Medical and sanitary report of the native army of Madras for the year
Year: 1877
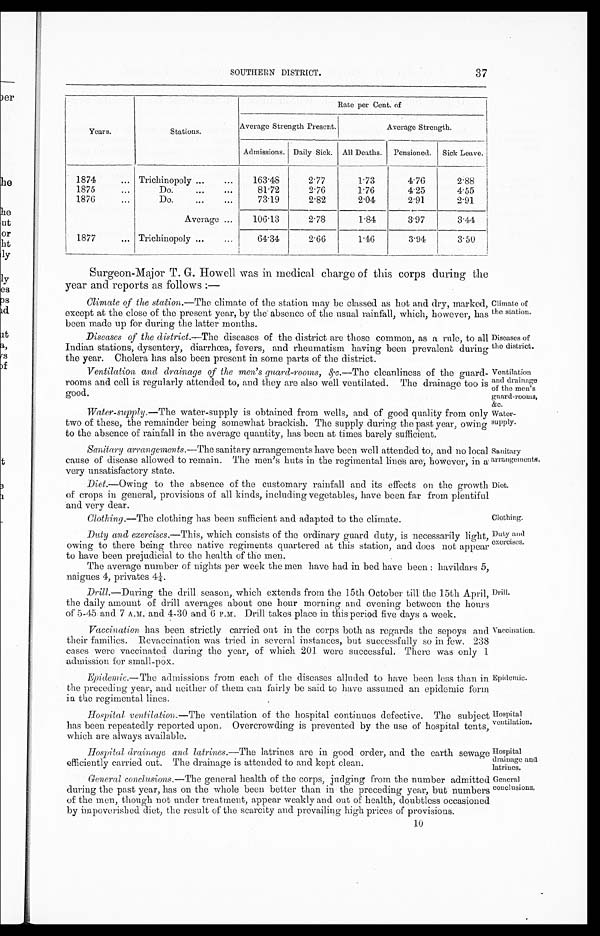
Climate of
the station.
Diseases of
the district.
Ventilation.
and drainage
of the men's
guard-rooms,
& c .
Water-
supply.
Sanitary
arrangements.
Hospital
drainage and
latrines.
General conclusions.
SOUTHERN DISTRICT.
37
Years.
Stations.
Rate per Cent. of
Average Strength Present.
Average Strength
A d m i s s i o n s .
D a i l y S i c k .
A l l D e a t h s .
P e n s i o n e d .
S i c k L e a v e .
1874
Trichinopoly
1 6 3 · 4 8
2 · 7 7
1 · 7 3
4 · 7 6
2 · 8 8
1875
Do.
8 1 · 7 2
2 · 7 6
1 · 7 6
4 · 2 5
4 · 5 5
1876
D o .
7 3 · 1 9
2 · 8 2
2 · 0 4
2 · 9 1
2 · 9 1
A v e r a g e
1 0 6 · 1 3
2 · 7 8
1 · 8 4
3 · 9 7
3 · 4 4
1877
Trichinopoly
6 4 · 3 4
2 · 6 6
1 · 4 6
3 · 9 4
3 · 5 0
Surgeon-Major T. G. Howell was in medical charge of this corps during the
year and reports as follows:—
Climate of the station. —The climate of the station may be classed as hot and dry, marked,
except at the close of the present year, by the absence of the usual rainfall, which, however, has
been made up for during the latter months.
Diseases of the district .—The diseases of the district are those common, as a rule, to all
Indian stations, dysentery, diarrhœa, fevers, and rheumatism having been prevalent, duri
ng the year. Cholera has been present in same parts of the, di
strict.
Ventilation and drainage of the men's guard-rooms, &c.—The cleanliness of the guard
-rooms and cell is regularly attended to, and they are also well ventilated. The drainage too is
good.
Water-supply .—The water-supply is obtained from wells, and of good quality from only
two of these, the remainder being somewhat brackish. The supply during the past year, owing
to the absence of rainfall in the average quantity, has been at times barely sufficient.
Sanitary arrangements.—The sanitary arrangements have been well attended to, and no local
cause of disease allowed to remain. The men's huts in the regimental lines are, however, in a
very unsatisfactory state.
Diet.—Owing to the absence of the customary rainfall and its effects on the growth,
of crops in general, provisions of all kinds, including vegetables, have been far from plentiful
and very dear.
Clothing.
Clothing. —The clothing has been sufficient and adapted to the climate.
Duty and
exercises.
Duty and exercises.—This, which consists of the ordinary guard duty, is necessarily light,
owing to there being three native regiments quartered at this station, and does not appear
to have been prejudicial to the health of the men.
The average number of nights per week the men have had in bed have been: havildars 5,
naigues 4, privates 4¼.
Drill .—During the drill season, which extends from the 15th October till the 15th April,
the daily amount of drill averages about one hour morning and evening between the hours
of 5-45 and 7 A.M. and 4-30 and 6 P.M. Drill takes place in this period five days a week.
Vaccination has been strictly carried out in the corps both as regards the sepoys and
their families. Revaccination was tried in several instances, but successfully so in few. 238
cases were vaccinated during the year, of which 201 were successful. There was only 1
admission for small-pox.
Epidemic. —The admissions from each of the diseases alluded to have been less than in
the preceding year, and neither of them can fairly be said to have assumed an epidemic form
in the regimental lines.
Hospital ventilation. —The ventilation of the hospital continues defective. The subject
has been repeatedly reported upon. Overcrowding is prevented by the use of hospital tents,
which are always available.
Drill.
Vaccination.
Epidemic.
Hospital
ventilation.
Hospital drainage and latrines .—The latrines are in good order, and the earth sewage
efficiently carried out. The drainage is attended to and kept clean.
General conclusions. —The general health of the corps, judging from the number admitted
during the past year, has on the whole been better than in the preceding year, but numbers
of the men, though not under treatment, appear weakly and out of health, doubtless occasioned
by impoverished diet, the result of the scarcity and prevailing high prices of provisions.
10